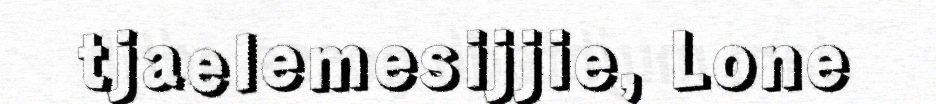
tjaelemesijjie, Lone